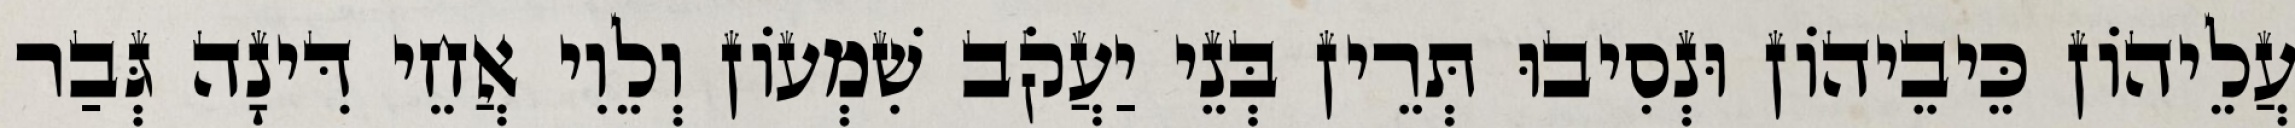
עֲלֵיהוֹן כֵּיבֵיהוֹן וּנְסִיבוּ תְּרֵין בְּנֵי יַעֲקֹב שִׁמְעוֹן וְלֵוִי אֲחֵי דִּינָה גְּבַר